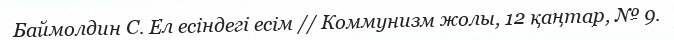
Баймолдин С. Ел есіндегі есім // Коммунизм жолы, 12 қаңтар, № 9.